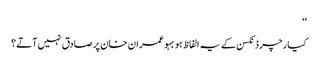
‘‘
کیارچرڈ نکسن کے یہ الفاظ ہوبہو عمران خان پر صادق نہیں آتے؟